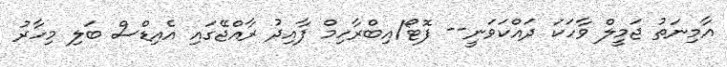
އާމިނަތު ޖަމީލް ވާހަކަ ދައްކަވަނީ-- ފޮޓޯ/އިބްރާހިމް ފާއިދު ރާއްޖޭގައި އެއިޑްސް ބަލި މިހާރު